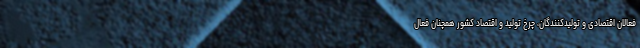
فعالان اقتصادی و تولیدکنندگان، چرخ تولید و اقتصاد کشور همچنان فعال